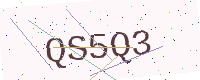
Text: QS5Q3